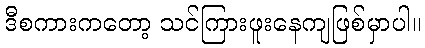
ဒီစကားကတော့ သင်ကြားဖူးနေကျဖြစ်မှာပါ။